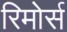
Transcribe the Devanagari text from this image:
रिमोर्स